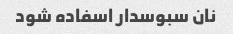
نان سبوسدار اسفاده شود